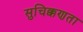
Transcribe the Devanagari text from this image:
सुचिक्कणता